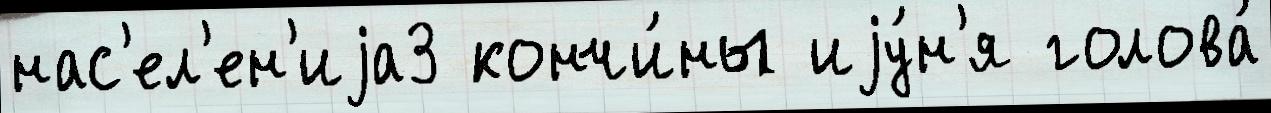
нас'ел'ен'иjа3 кончи́ны иjу́н'я голова́